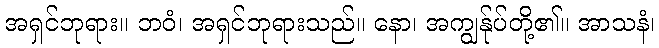
အရှင်ဘုရား။ ဘဝံ၊ အရှင်ဘုရားသည်။ နော၊ အကျွန်ုပ်တို့၏။ အာသနံ၊